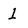
Character: 1